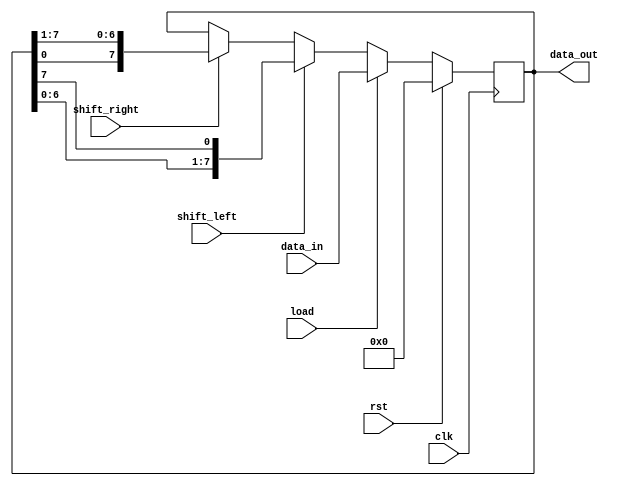
module shift_register (
    input wire clk,
    input wire rst,
    input wire shift_left,
    input wire shift_right,
    input wire load,
    input wire [7:0] data_in,
    output wire [7:0] data_out
);

reg [7:0] shift_reg;

always @(posedge clk) begin
    if(rst) begin
        shift_reg <= 8'b00000000;
    end else begin
        if(shift_left) begin
            shift_reg <= {shift_reg[6:0], shift_reg[7]};
        end else if(shift_right) begin
            shift_reg <= {shift_reg[0], shift_reg[7:1]};
        end
        if(load) begin
            shift_reg <= data_in;
        end
    end
end

assign data_out = shift_reg;

endmodule